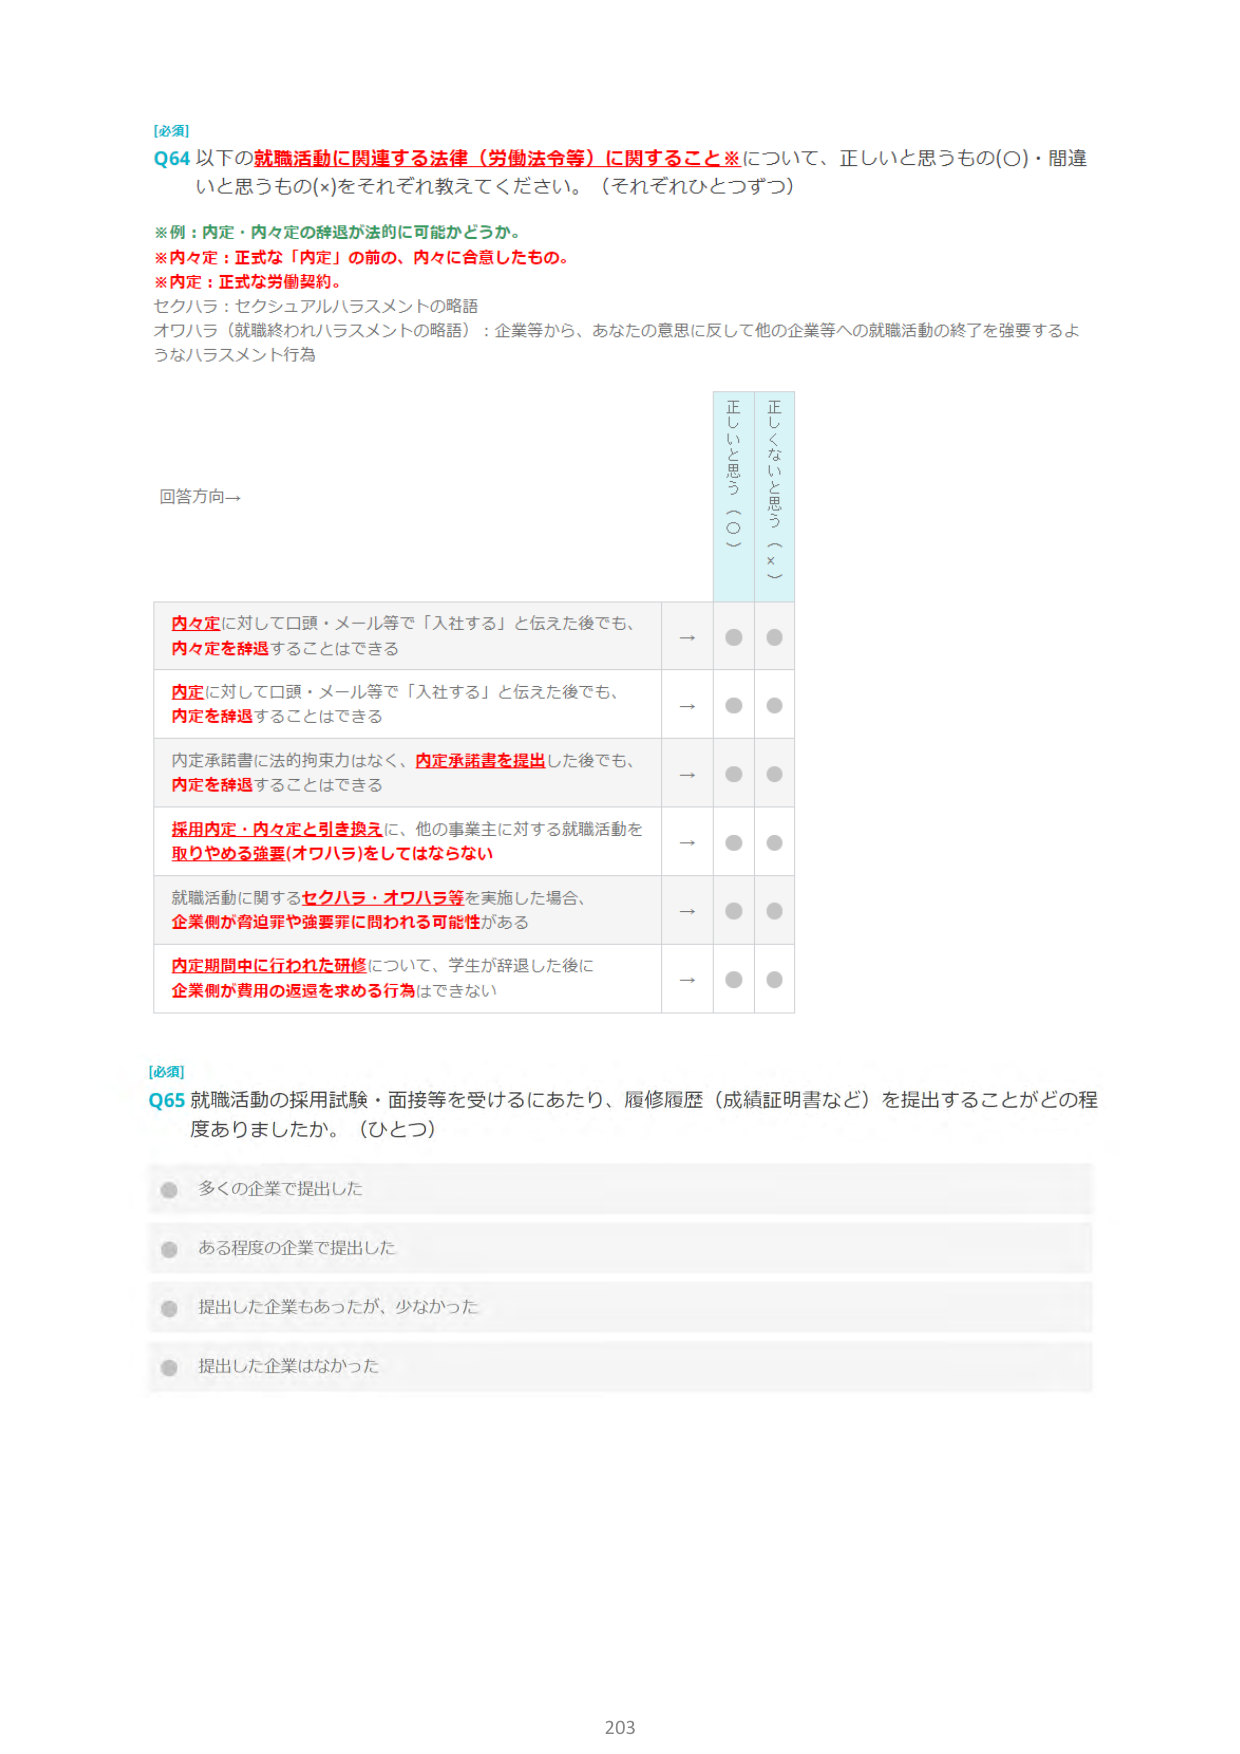
[必須]
Q64 以下の就職活動に関連する法律（労働法令等）に関すること※について、正しいと思うもの(O)・間違
いと思うもの(x)をそれぞれ教えてください。（それぞれひとつずつ）

※例：内定・内々定の辞退が法的に可能かどうか。
※内々定：正式な「内定」の前の、内々に合意したもの。
※内定：正式な労働契約。
セクハラ：セクシュアルハラスメントの略語
オワハラ（就職終わりハラスメントの略語）：企業等から、あなたの意思に反して他の企業等への就職活動の終了を強要するよ
うなハラスメント行為

回答方向→

正しく思う（O）　　間違っている（×）

内々定に対して口頭・メール等で「入社する」と伝えた後でも、
内々定を辞退することはできる　→　●　●

内定に対して口頭・メール等で「入社する」と伝えた後でも、
内定を辞退することはできる　→　●　●

内定承諾書に法的拘束力はなく、内定承諾書を提出した後でも、
内定を辞退することはできる　→　●　●

採用内定・内々定と引き換えに、他の事業主に対する就職活動を
取りやめる強要(オワハラ)をしてはならない　→　●　●

就職活動に関するセクハラ・オワハラ等を実施した場合、
企業側が脅迫罪や強要罪に問われる可能性がある　→　●　●

内定期間中に行われた研修について、学生が辞退した後に
企業側が費用の返還を求める行為はできない　→　●　●

[必須]
Q65 就職活動の採用試験・面接等を受けるにあたり、履修履歴（成績証明書など）を提出することがどの程
度ありましたか。（ひとつ）

● 多くの企業で提出した
● ある程度の企業で提出した
● 提出した企業もあったが、少なかった
● 提出した企業はなかった

203